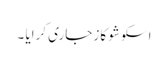
اسکو شو کاز جاری کرایا ۔